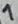
Text: 1